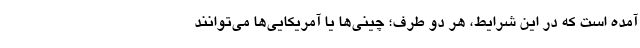
آمده است که در این شرایط، هر دو طرف؛ چینی‌ها یا آمریکایی‌ها می‌توانند